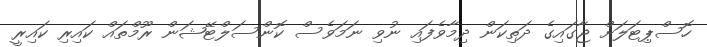
ހޮސްޕިޓަލަށް ޖާގައިގެ ދަތިކަން ދިމާވެފައި ނުވި ނަމަވެސް ކޮންސަލްޓޭޝަން ރޫމްތައް ކައިރި ކައިރީ